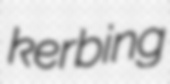
kerbing